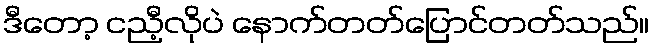
ဒီတော့ ငညီ့လိုပဲ နောက်တတ်ပြောင်တတ်သည်။